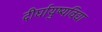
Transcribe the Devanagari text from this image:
दीर्घायुष्यविद्या